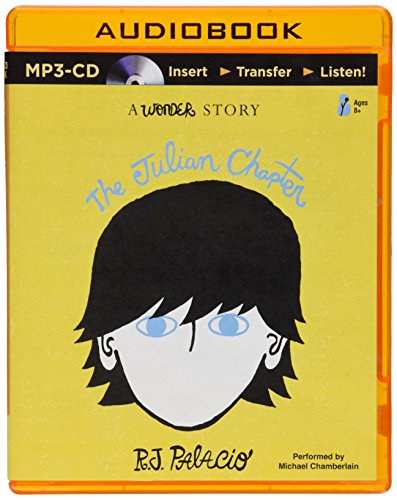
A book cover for The Julian Chapter: A Wonder Story; R. J. Palacio; Teen & Young Adult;